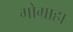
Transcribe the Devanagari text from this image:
गोग्राहा